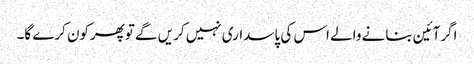
اگرآئین بنانے والے اس کی پاسداری نہیں کریں گے توپھرکون کرے گا۔